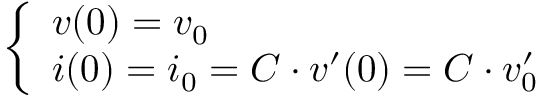
\left\{ \begin{array} { l l } { v ( 0 ) = v _ { 0 } } \\ { i ( 0 ) = i _ { 0 } = C \cdot v ^ { \prime } ( 0 ) = C \cdot v _ { 0 } ^ { \prime } } \end{array} \right.